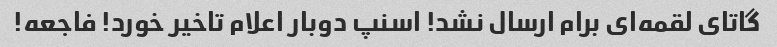
گاتای لقمه‌ای برام ارسال نشد! اسنپ دوبار اعلام تاخیر خورد! فاجعه!